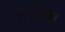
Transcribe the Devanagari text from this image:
९२७०अ